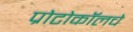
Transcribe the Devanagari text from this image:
प्रोटोकॉलचे